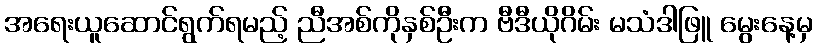
အရေးယူဆောင်ရွက်ရမည့် ညီအစ်ကိုနှစ်ဦးက ဗီဒီယိုဂိမ်း မသံဒါဖြူ မွေးနေ့မှ